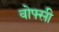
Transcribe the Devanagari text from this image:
वोफ्सी